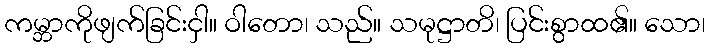
ကမ္ဘာကိုဖျက်ခြင်းငှါ။ ဝါတော၊ သည်။ သမုဋ္ဌာတိ၊ ပြင်းစွာထ၏။ သော၊